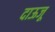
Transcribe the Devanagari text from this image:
दाऊजू